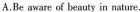
A.Be aware of beauty in nature.